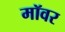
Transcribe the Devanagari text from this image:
मॉवर